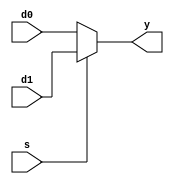
//2x1_mux
module mux2 #(parameter WIDTH = 32)
             (input   [WIDTH-1:0] d0, d1, 
              input    s, 
              output  [WIDTH-1:0] y);

  assign y = s ? d1 : d0; 
endmodule